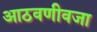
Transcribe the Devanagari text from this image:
आठवणीवजा